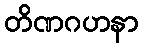
တိဏဂဟနာ